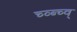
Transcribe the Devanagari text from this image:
च्व्ब्च्व्